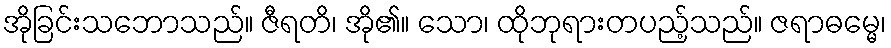
အိုခြင်းသဘောသည်။ ဇီရတိ၊ အို၏။ သော၊ ထိုဘုရားတပည့်သည်။ ဇရာဓမ္မေ၊